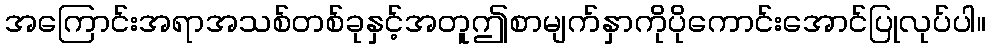
အကြောင်းအရာအသစ်တစ်ခုနှင့်အတူဤစာမျက်နှာကိုပိုကောင်းအောင်ပြုလုပ်ပါ။